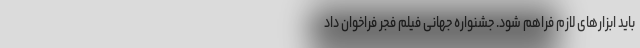
باید ابزارهای لازم فراهم شود. جشنواره جهانی فیلم فجر فراخوان داد